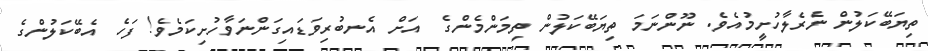
ތިޔަބޭކަލުން ނެރެލާހުށީމުއެވެ. ނޫންނަމަަ ތިޔަބޭކަލުން ތިމަންމެންގެ  އަށް އެނބުރިވަޑައިގަންނަވާހުށިކަމެވެ! ފަހެ އެބޭކަލުންގެ